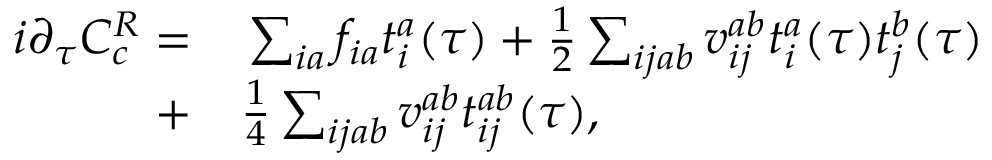
\begin{array} { r l } { i { \partial _ { \tau } C _ { c } ^ { R } } = } & { { } \sum _ { i a } f _ { i a } t _ { i } ^ { a } ( \tau ) + \frac { 1 } { 2 } \sum _ { i j a b } v _ { i j } ^ { a b } t _ { i } ^ { a } ( \tau ) t _ { j } ^ { b } ( \tau ) } \\ { + } & { { } \frac { 1 } { 4 } \sum _ { i j a b } v _ { i j } ^ { a b } t _ { i j } ^ { a b } ( \tau ) , } \end{array}